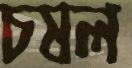
চষল